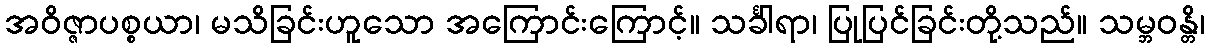
အဝိဇ္ဇာပစ္စယာ၊ မသိခြင်းဟူသော အကြောင်းကြောင့်။ သင်္ခါရာ၊ ပြုပြင်ခြင်းတို့သည်။ သမ္ဘဝန္တိ၊